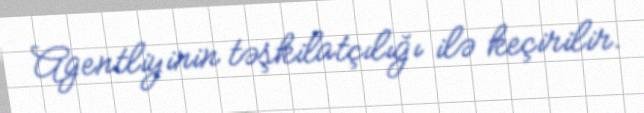
Agentliyinin təşkilatçılığı ilə keçirilir.